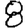
Digit: 8